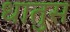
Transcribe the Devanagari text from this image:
धातुस